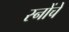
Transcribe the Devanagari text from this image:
स्नोंचे